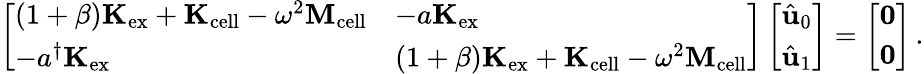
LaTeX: \left[\begin{array}{ll}{(1+\beta)\mathbf{K}_{\mathrm{ex}}+\mathbf{K}_{\mathrm{cell}}-\omega^{2}\mathbf{M}_{\mathrm{cell}}}&{-a\mathbf{K}_{\mathrm{ex}}}\\ {-a^{\dagger}\mathbf{K}_{\mathrm{ex}}}&{(1+\beta)\mathbf{K}_{\mathrm{ex}}+\mathbf{K}_{\mathrm{cell}}-\omega^{2}\mathbf{M}_{\mathrm{cell}}}\end{array}\right]\left[\begin{array}{l}{\hat{\mathbf{u}}_{0}}\\ {\hat{\mathbf{u}}_{1}}\end{array}\right]=\left[\begin{array}{l}{\mathbf{0}}\\ {\mathbf{0}}\end{array}\right]\, .